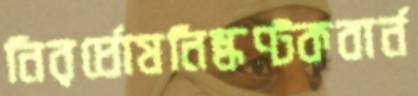
নিরর্ঘোষনিষ্কণ্টকবার্ন